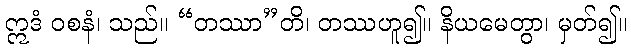
ဣဒံ ဝစနံ၊ သည်။ “တဿာ”တိ၊ တဿဟူ၍။ နိယမေတွာ၊ မှတ်၍။